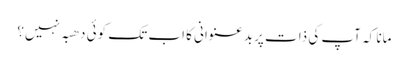
مانا کہ آپ کی ذات پر بدعنوانی کا اب تک کوئی دھبہ نہیں؟